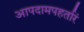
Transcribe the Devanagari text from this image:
आपदामपहर्तारं